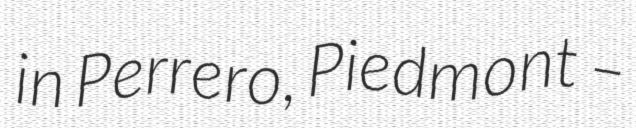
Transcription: in Perrero, Piedmont –